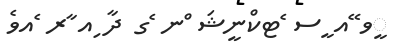
ީވ ޭއ ީސ ެޓކްނީޝަ ްނ ެގ ދާ ިއ ާރ ެއވެ